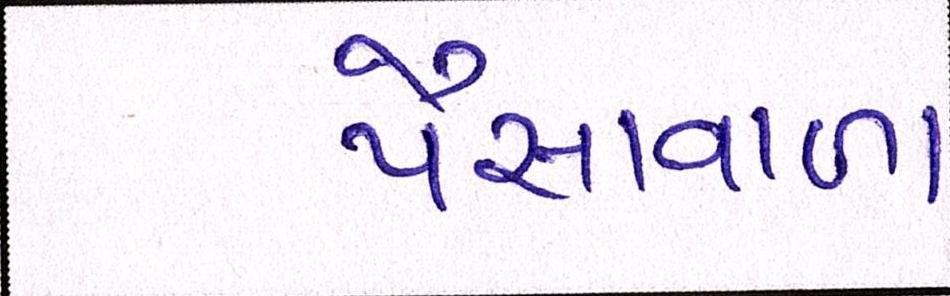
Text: પૈસાવાળા